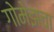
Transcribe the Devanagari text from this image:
गोमेझचा